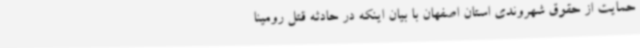
حمایت از حقوق شهروندی استان اصفهان با بیان اینکه در حادثه قتل رومینا